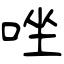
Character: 唑